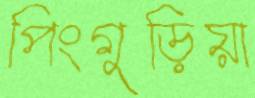
পিংগুড়িয়া